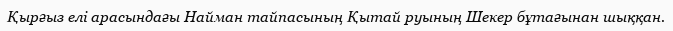
Қырғыз елі арасындағы Найман тайпасының Қытай руының Шекер бұтағынан шыққан.